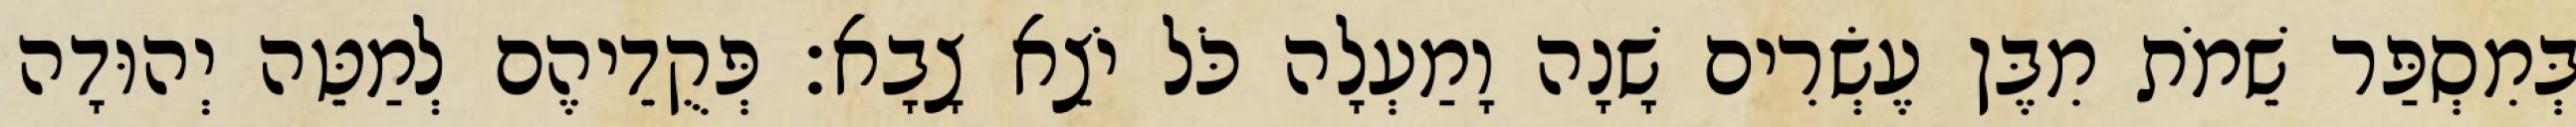
בְּמִסְפַּר שֵׁמֹת מִבֶּן עֶשְׂרִים שָׁנָה וָמַעְלָה כֹּל יֹצֵא צָבָא׃ פְּקֻדֵיהֶם לְמַטֵּה יְהוּדָה